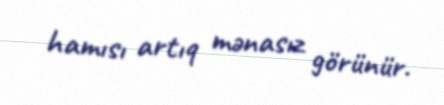
hamısı artıq mənasız görünür.